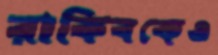
রাকিবকেও